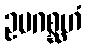
ဥပဂစ္ဆဟံ